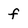
Character: f